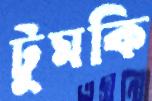
টুমকি